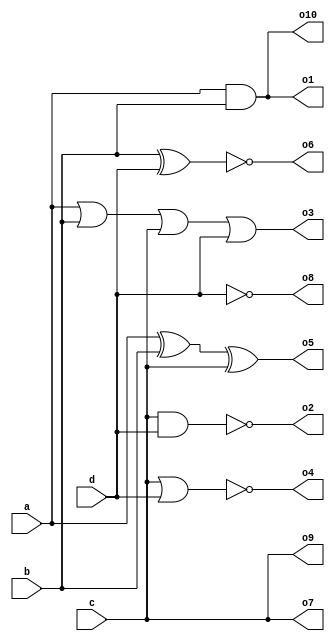
`timescale 1us/1ns // mandatory because we have delays
module built_in_gates(
    // Declare module inputs
    input a,b,c,d,
    // Declare module outputs
    output o1, o2, o3, o4, o5, o6, o7, o8, o9, o10
);
    // Gates without delays
    and and1 (o1, a, b);
    nand nand1 (o2, c, d);
    or or1 (o3, a, b, c, d);
    nor nor1 (o4, c, d);
    xor xor1 (o5, a, b, c);
    xnor xnor1 (o6, b, d);
    buf buf1 (o7, c);
    not not1 (o8, d);

    // Gates with delays
    buf #0.1 buf_dly (o9, c); // the delay requires timescale
    and #0.2 and_dly (o10, a, b);
endmodule